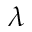
\lambda